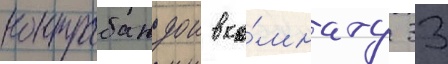
контрабандои в ко́мнату 33